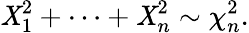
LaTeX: \mathit{X}_{1}^{2}+\cdots+\mathit{X}_{n}^{2}\sim\chi_{n}^{2}.